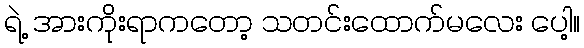
ရဲ့ အားကိုးရာကတော့ သတင်းထောက်မလေး ပေါ့။